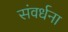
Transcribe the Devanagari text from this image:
संवर्धना